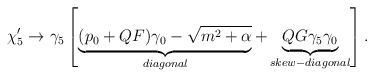
\begin{align*}\chi _{5}^{\prime }\rightarrow \gamma _{5}\left[ \underbrace{(p_{0}+QF)\gamma _{0}-\sqrt{m^2+\alpha}}_{diagonal}+\underbrace{QG\gamma_{5}\gamma _{0}}_{skew-diagonal}\right]. \end{align*}